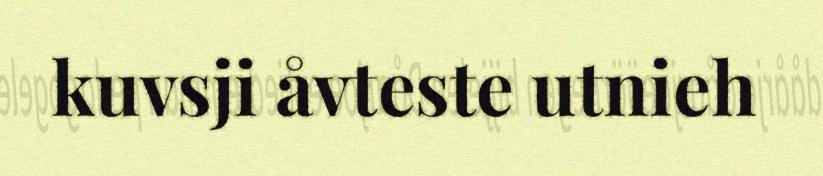
kuvsji åvteste utnieh